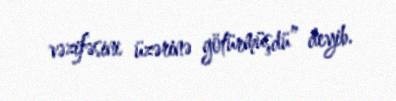
vəzifəsini üzərinə götürmüşdü” deyib.